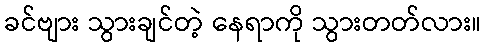
ခင်ဗျား သွားချင်တဲ့ နေရာကို သွားတတ်လား။